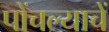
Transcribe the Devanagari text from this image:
पोंचल्याचें